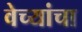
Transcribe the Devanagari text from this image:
वेच्यांचा